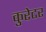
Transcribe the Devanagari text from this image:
कुरेटर